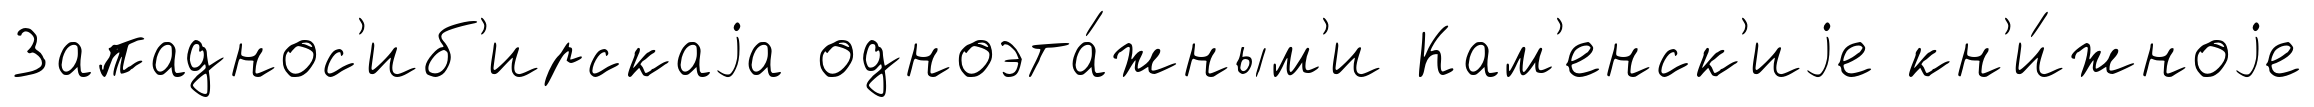
Западнос'иб'ирскаjа одноэта́жным'и Кам'енск'иjе кн'и́жноjе